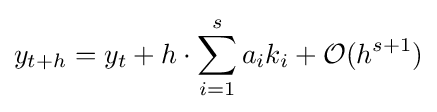
y_{t+h}=y_{t}+h\cdot \sum _{i=1}^{s}a_{i}k_{i}+{\mathcal {O}}(h^{s+1})